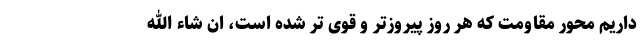
داریم محور مقاومت که هر روز پیروزتر و قوی تر شده است، ان شاء الله